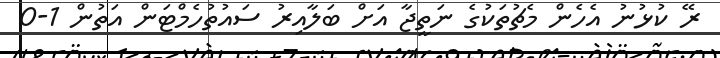
ރޭ ކުޅުނު އެހެން މެޗުތަކުގެ ނަތީޖާ އަށް ބަލާއިރު ސައުތުހެމްޓަން އަތުން 1-0